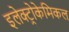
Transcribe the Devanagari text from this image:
इलेक्ट्रोकेमिकल